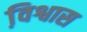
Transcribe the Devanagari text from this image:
वि़श्वास